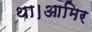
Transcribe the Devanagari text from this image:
था।आमिर